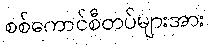
စစ်ကောင်စီတပ်များအား